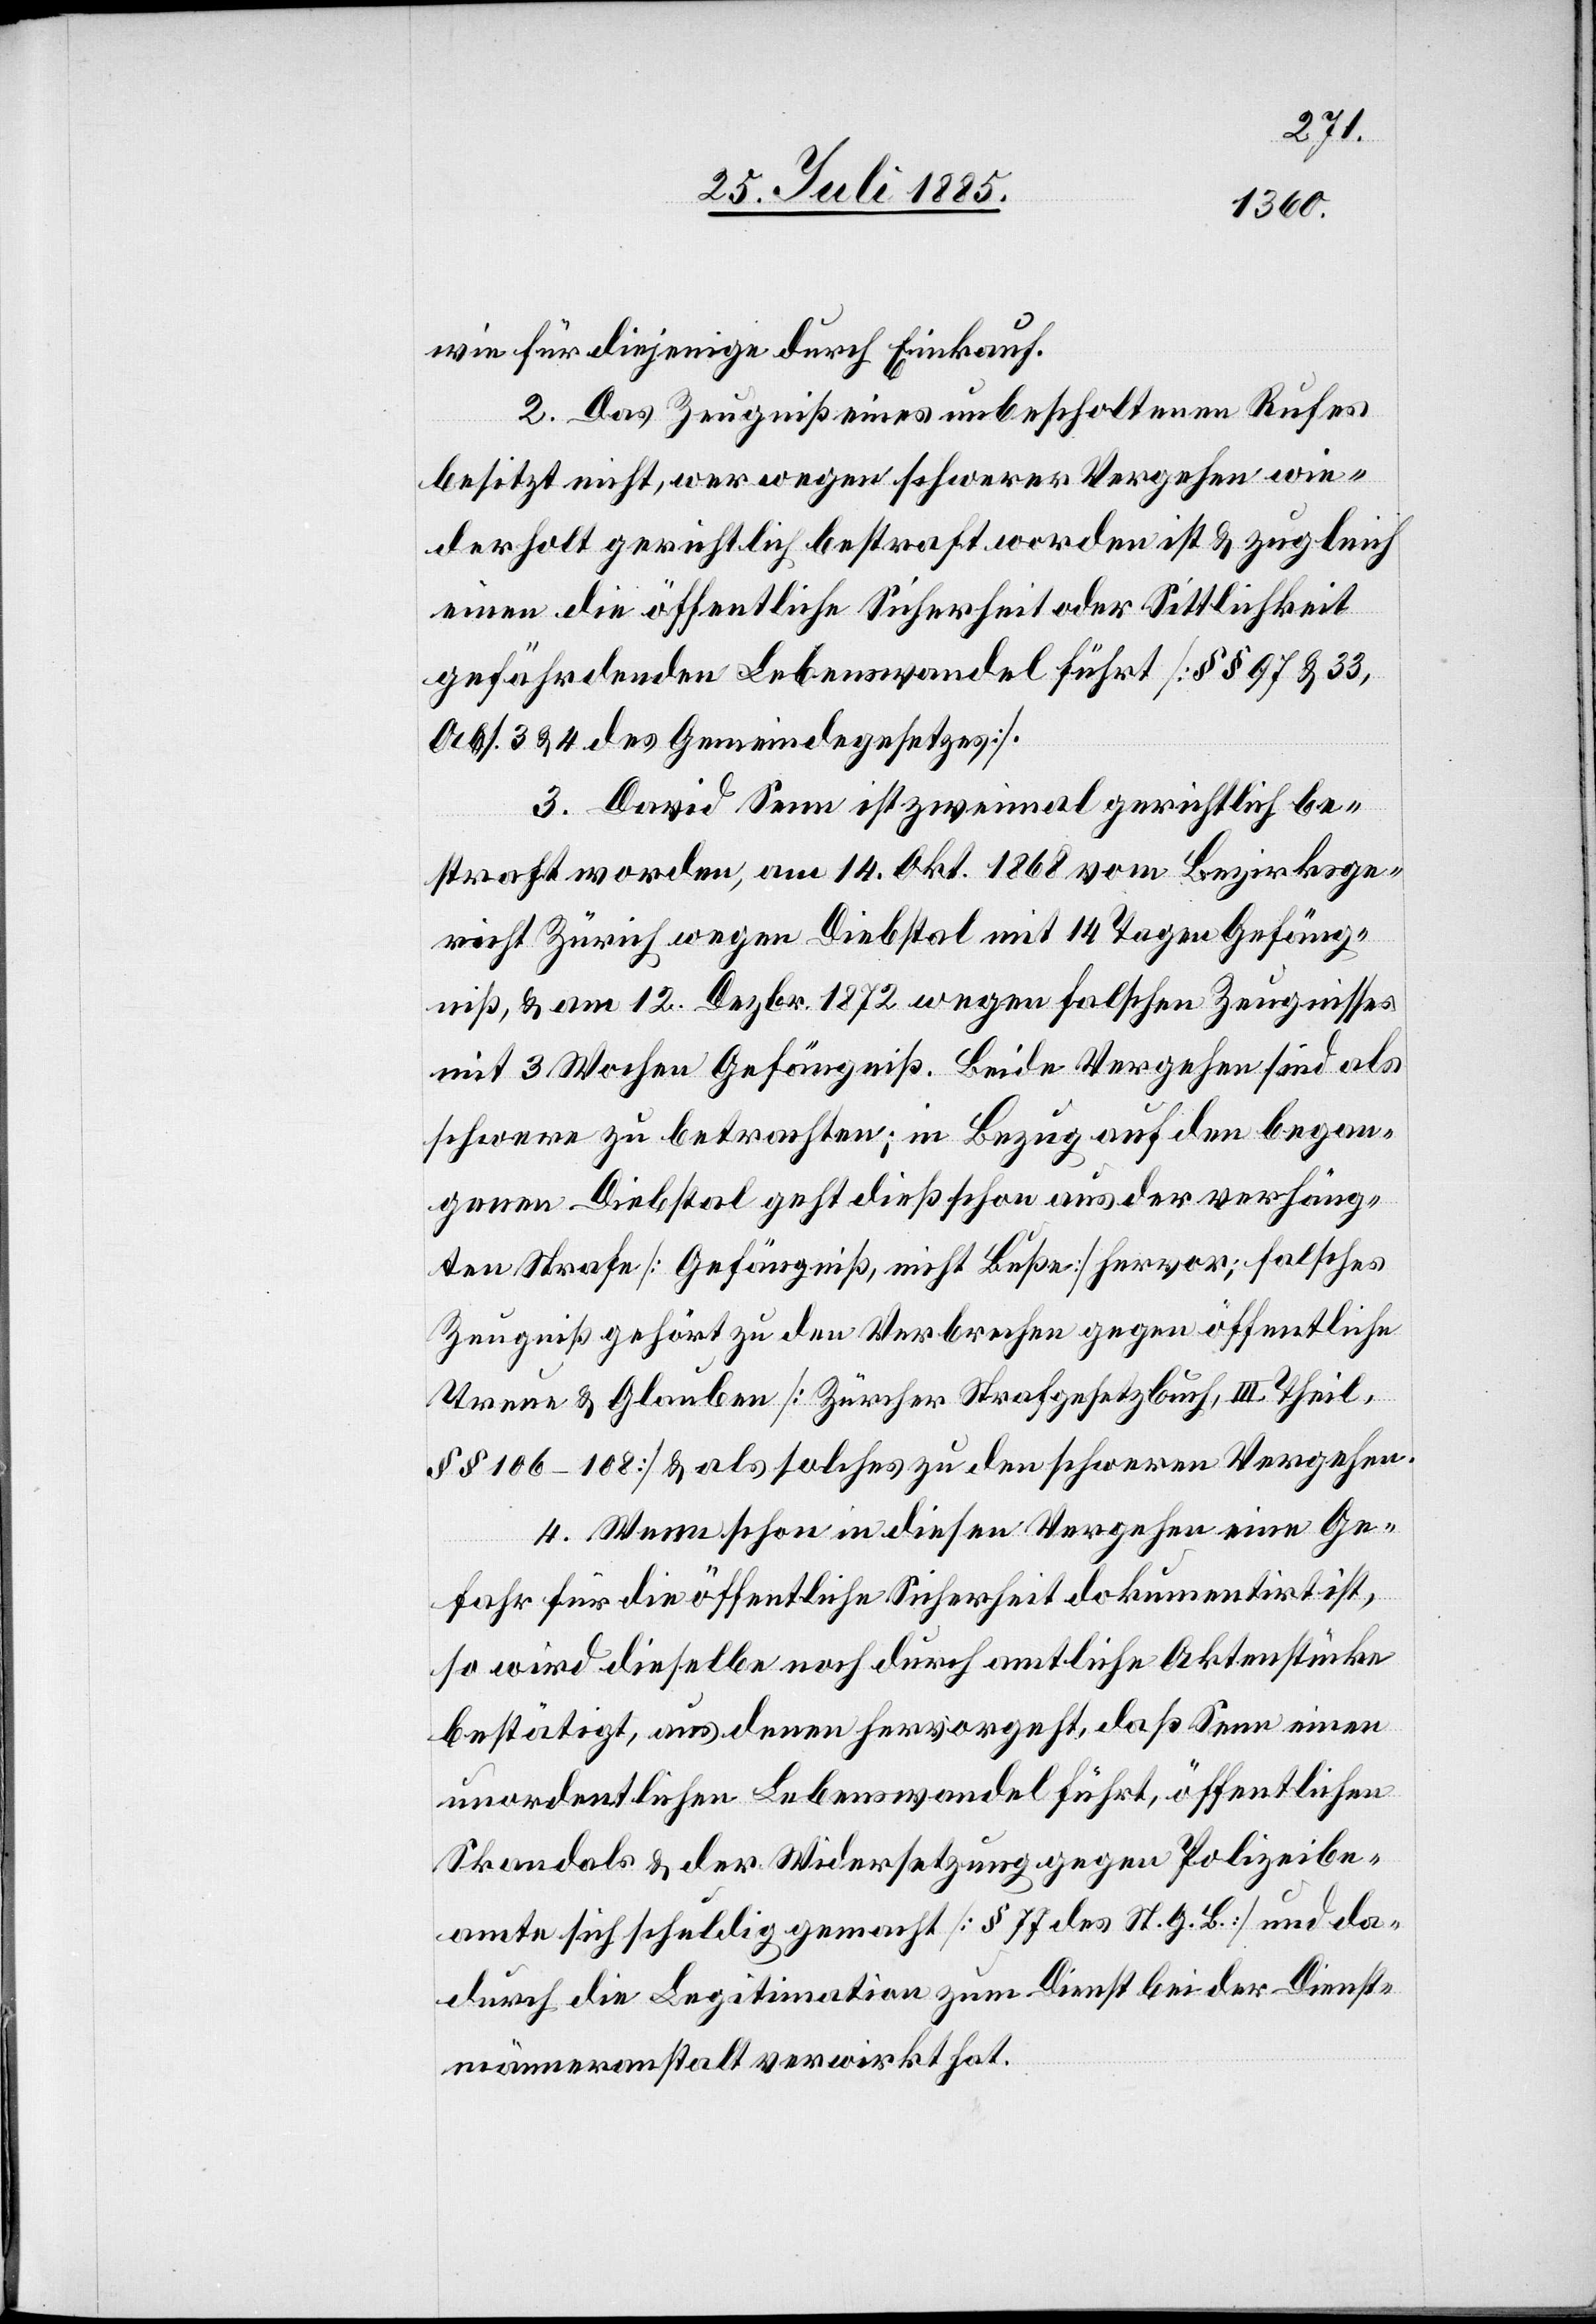
wie für diejenige durch Einkauf.
2. Das Zeugniß eines unbescholtenen Rufes
besitzt nicht, wer wegen schwerer Vergehen wie¬
derholt gerichtlich bestraft worden ist & zugleich
einen die öffentliche Sicherheit oder Sittlichkeit
gefährdenden Lebenswandel führt [§§ 97 & 33,
Abs. 3 & 4 des Gemeindegesetzes].
3. David Senn ist zweimal gerichtlich be¬
straft worden, am 14. Okt. 1868 vom Bezirksge¬
richt Zürich wegen Diebstal mit 14 Tagen Gefäng¬
niß, & am 12. Dezbr. 1872 wegen falschen Zeugnisses
mit 3 Wochen Gefängniß. Beide Vergehen sind als
schwere zu betrachten; in Bezug auf den began¬
genen Diebstal geht dieß schon aus der verhäng¬
ten Strafe [Gefängniß, nicht Buße] hervor; falsches
Zeugniß gehört zu den Verbrechen gegen öffentliche
Treue & Glauben [Zürcher Strafgesetzbuch, III. Theil,
§§ 106–108] & als solches zu den schweren Vergehen.
4. Wenn schon in diesen Vergehen eine Ge¬
fahr für die öffentliche Sicherheit dokumentirt ist,
so wird dieselbe noch durch amtliche Aktenstücke
bestätigt, aus denen hervorgeht, daß Senn einen
unordentlichen Lebenswandel führt, öffentlichen
Skandals & der Widersetzung gegen Polizeibe¬
amte sich schuldig gemacht [§ 77 des ST. G. B.] und da¬
durch die Legitimation zum Dienst bei der Dienst¬
männeranstalt verwirkt hat.